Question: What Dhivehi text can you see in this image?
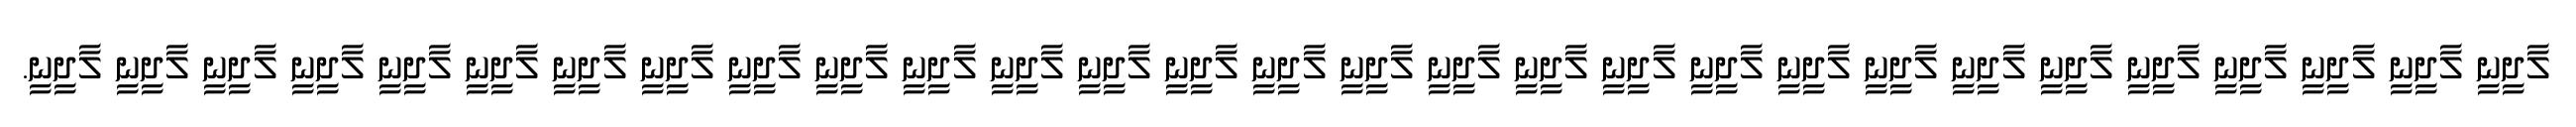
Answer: ލާދީނީ ލާދީނީ ލާދީނީ ލާދީނީ ލާދީނީ ލާދީނީ ލާދީނީ ލާދީނީ ލާދީނީ ލާދީނީ ލާދީނީ ލާދީނީ ލާދީނީ ލާދީނީ ލާދީނީ ލާދީނީ ލާދީނީ ލާދީނީ ލާދީނީ ލާދީނީ ލާދީނީ ލާދީނީ ލާދީނީ ލާދީނީ ލާދީނީ ލާދީނީ ލާދީނީ ލާދީނީ ލާދީނީ.